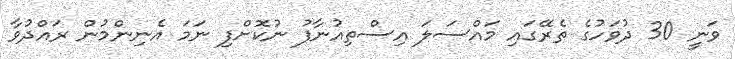
ވަނީ 30 ދުވަހުގެ ތެރޭގައި މައްސަލަ އިސްތިއުނާފު ނުކޮށްފި ނަމަ އެނިންމުން ރައްދުވާ